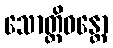
သောတ္ထိဝန္တော